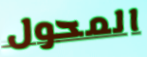
المحول